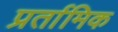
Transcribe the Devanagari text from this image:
प्रर्तामिक